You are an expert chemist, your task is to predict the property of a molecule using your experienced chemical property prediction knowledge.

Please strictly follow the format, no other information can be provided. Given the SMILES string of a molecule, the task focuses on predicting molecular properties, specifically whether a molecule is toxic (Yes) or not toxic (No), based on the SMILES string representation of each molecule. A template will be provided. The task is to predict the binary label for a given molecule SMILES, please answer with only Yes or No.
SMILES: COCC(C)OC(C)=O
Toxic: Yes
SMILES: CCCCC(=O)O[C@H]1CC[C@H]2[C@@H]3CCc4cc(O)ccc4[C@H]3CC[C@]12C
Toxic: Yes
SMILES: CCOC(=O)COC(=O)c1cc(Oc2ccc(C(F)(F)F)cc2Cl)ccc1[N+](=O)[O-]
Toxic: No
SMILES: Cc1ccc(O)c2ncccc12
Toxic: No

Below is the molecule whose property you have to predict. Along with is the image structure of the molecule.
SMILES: O=C(O)C(=O)Cc1c[nH]c2ccccc12
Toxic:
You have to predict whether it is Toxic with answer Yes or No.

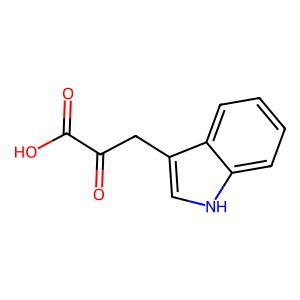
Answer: No